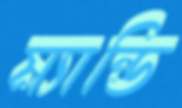
ম্যান্ডি